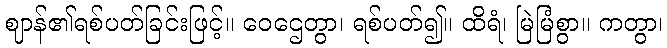
ဈာန်၏ရစ်ပတ်ခြင်းဖြင့်။ ဝေဌေတွာ၊ ရစ်ပတ်၍။ ထိရံ၊ မြဲမြံစွာ။ ကတွာ၊